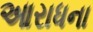
આરાધના